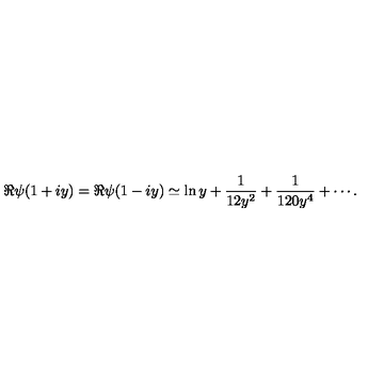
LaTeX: \Re \psi ( 1 + i y ) = \Re \psi ( 1 - i y ) \simeq \ln y + { \frac { 1 } { 1 2 y ^ { 2 } } } + { \frac { 1 } { 1 2 0 y ^ { 4 } } } + \cdots .